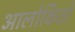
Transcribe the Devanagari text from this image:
आलोकितो